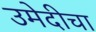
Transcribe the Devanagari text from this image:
उमेदीचा